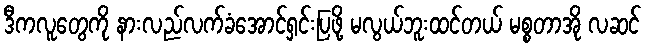
ဒီကလူတွေကို နားလည်လက်ခံအောင်ရှင်းပြဖို့ မလွယ်ဘူးထင်တယ် မစ္စတာအို လဆင်